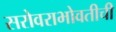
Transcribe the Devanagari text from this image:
सरोवराभोवतीची